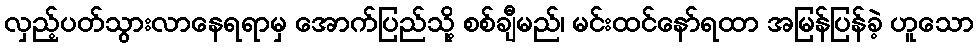
လှည့်ပတ်သွားလာနေရရာမှ အောက်ပြည်သို့ စစ်ချီမည်၊ မင်းထင်နော်ရထာ အမြန်ပြန်ခဲ့ ဟူသော